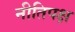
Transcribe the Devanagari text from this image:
नीतिपक्ष